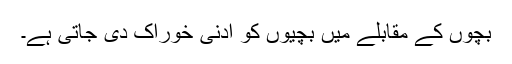
بچوں کے مقابلے میں بچیوں کو ادنیٰ خوراک دی جاتی ہے۔